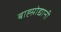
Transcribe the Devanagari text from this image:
बाह्य़ोद्यानी